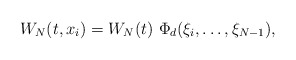
\begin{align*}W_N(t,{x_i}) = W_N(t)~ \Phi_{d}(\xi_i,\ldots,\xi_{N-1}),\end{align*}